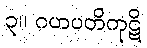
၃။ ဂဟပတိကုဋိ